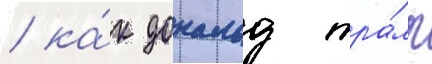
/ ка́к дональд тра́мп